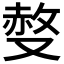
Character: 𠭷